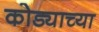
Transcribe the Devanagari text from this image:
कोड्याच्या